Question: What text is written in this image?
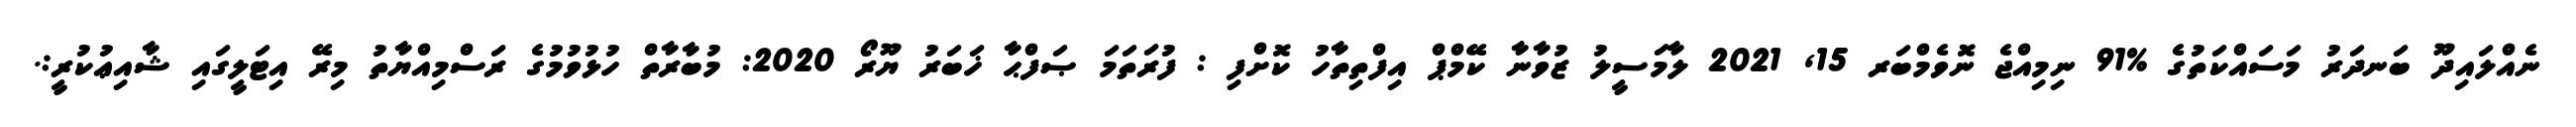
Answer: ނެއްލައިދޫ ބަނދަރު މަސައްކަތުގެ %91 ނިމިއްޖެ ނޮވެމްބަރ 15, 2021 ލާމަސީލު ޒުވާނާ ކޭމްޕް އިފްތިތާހު ކޮށްފި : ފުރަތަމަ ޞަފްޙާ ޚަބަރު ޔޫރޯ 2020: މުބާރާތް ހުޅުވުމުގެ ރަސްމިއްޔާތު މިރޭ އިޓަލީގައި ޝާއިޢުކުރީ:.